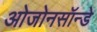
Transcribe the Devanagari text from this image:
ओजोनसॉन्‍डे